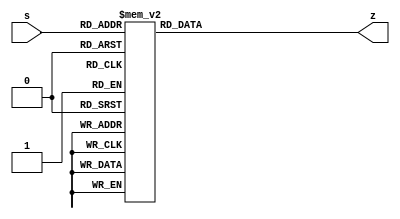
/* display de sete segmentos */
module seven_seg(output reg [7:0] z, input [3:0] s);

/* entrada: s de 4 bits; sada: registrador z de 8 bits */
/* para cada valor de s, produz um nmero z correspondente ao nmero
que se deseja representar */

always @ * begin // Sempre que a entrada mudar de valor:
    case(s)
        0 : z = ~8'b00111111; // 0
        1 : z = ~8'b00000110; // 1
        2 : z = ~8'b01011011; // 2
        3 : z = ~8'b01001111; // 3
        4 : z = ~8'b01100110; // 4
        5 : z = ~8'b01101101; // 5
        6 : z = ~8'b01111101; // 6
        7 : z = ~8'b00000111; // 7
        8 : z = ~8'b01111111; // 8
        9 : z = ~8'b01101111; // 9
        10: z = ~8'b01110111; // A
        11: z = ~8'b01111100; // B
        12: z = ~8'b00111001; // C
        13: z = ~8'b01011110; // D
        14: z = ~8'b01111001; // E
        15: z = ~8'b01110001; // F
    endcase
end
endmodule